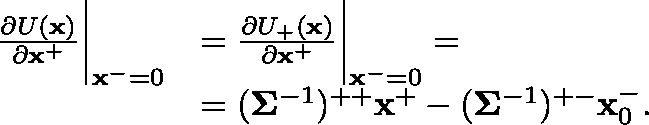
\begin{array} { r l } { \frac { \partial U ( \mathbf { x } ) } { \partial \mathbf { x } ^ { + } } \bigg | _ { \mathbf { x } ^ { - } = 0 } } & { = \frac { \partial U _ { + } ( \mathbf { x } ) } { \partial \mathbf { x } ^ { + } } \bigg | _ { \mathbf { x } ^ { - } = 0 } = } \\ & { = ( \mathbf { \Sigma } ^ { - 1 } ) ^ { + + } \mathbf { x } ^ { + } - ( \mathbf { \Sigma } ^ { - 1 } ) ^ { + - } \mathbf { x } _ { 0 } ^ { - } . } \end{array}